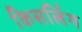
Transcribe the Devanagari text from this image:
किसलिंग